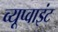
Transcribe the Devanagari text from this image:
व्यूप्वाइंट